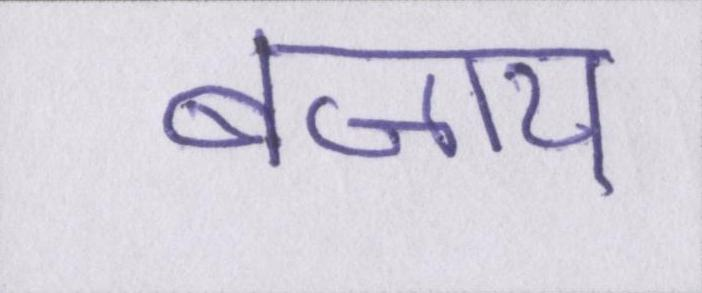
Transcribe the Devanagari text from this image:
बजाय